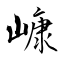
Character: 嵻